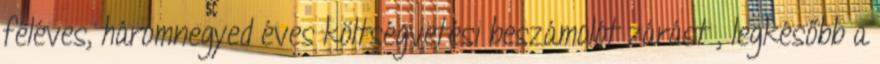
féléves, háromnegyed éves költségvetési beszámolót zárást , legkésőbb a